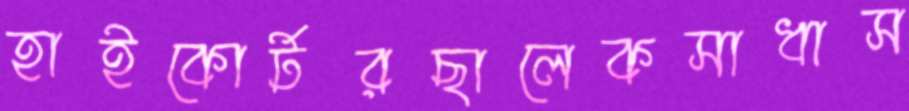
হাইকোর্টরছালেকসাধাস